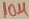
Text: 10µ